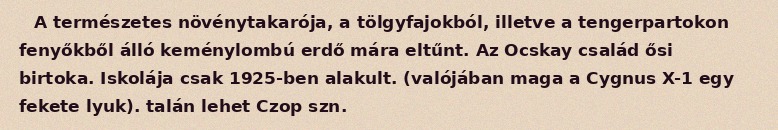
A természetes növénytakarója, a tölgyfajokból, illetve a tengerpartokon fenyőkből álló keménylombú erdő mára eltűnt. Az Ocskay család ősi birtoka. Iskolája csak 1925-ben alakult. (valójában maga a Cygnus X-1 egy fekete lyuk). talán lehet Czop szn.